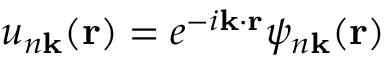
u _ { n \mathbf { k } } ( \mathbf { r } ) = e ^ { - i \mathbf { k } \cdot \mathbf { r } } \psi _ { n \mathbf { k } } ( \mathbf { r } )